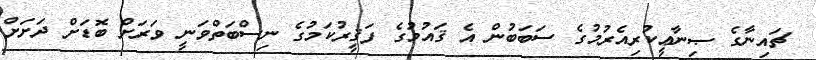
ޗައިނާގެ ޞިނާޢީކުރިއެރުމުގެ ސަބަބުން އެ ޤައުމުގެ ފަޤީރުކަމުގެ ނިސްބަތްވަނީ ވަރަށް ބޮޑަށް ދަށަށް